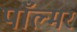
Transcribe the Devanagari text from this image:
पाँल्मर